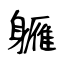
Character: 軅